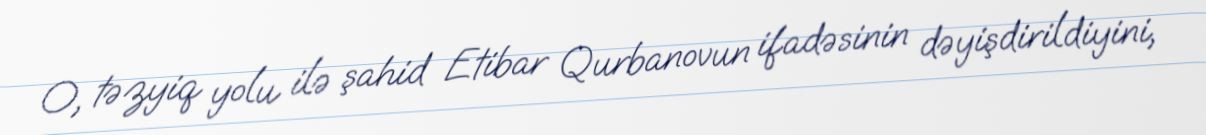
O, təzyiq yolu ilə şahid Etibar Qurbanovun ifadəsinin dəyişdirildiyini,